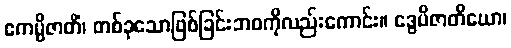
ဧကမ္ပိဇာတိံ၊ တစ်ခုသောဖြစ်ခြင်းဘဝကိုလည်းကောင်း။ ဒွေပိဇာတိယော၊